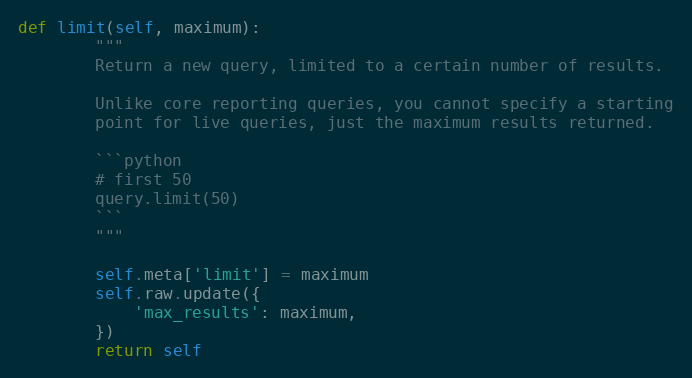
Language: Python
def limit(self, maximum):
        """
        Return a new query, limited to a certain number of results.

        Unlike core reporting queries, you cannot specify a starting
        point for live queries, just the maximum results returned.

        ```python
        # first 50
        query.limit(50)
        ```
        """

        self.meta['limit'] = maximum
        self.raw.update({
            'max_results': maximum,
        })
        return self